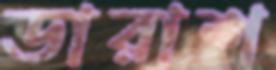
ডারাশ